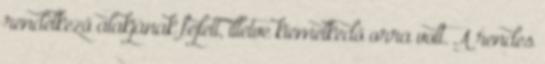
rendelkező alakjának fejlett, illetve kiemelkedő orra volt. A rendes